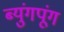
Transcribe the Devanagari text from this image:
ब्युंगपूंग